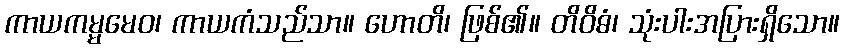
ကာယကမ္မမေဝ၊ ကာယကံသည်သာ။ ဟောတိ၊ ဖြစ်၏။ တိဝိဓံ၊ သုံးပါးအပြားရှိသော။